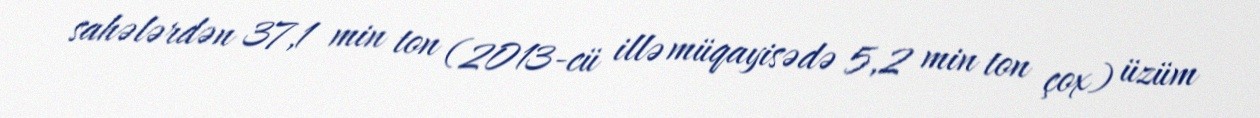
sahələrdən 37,1 min ton (2013-cü illə müqayisədə 5,2 min ton çox) üzüm